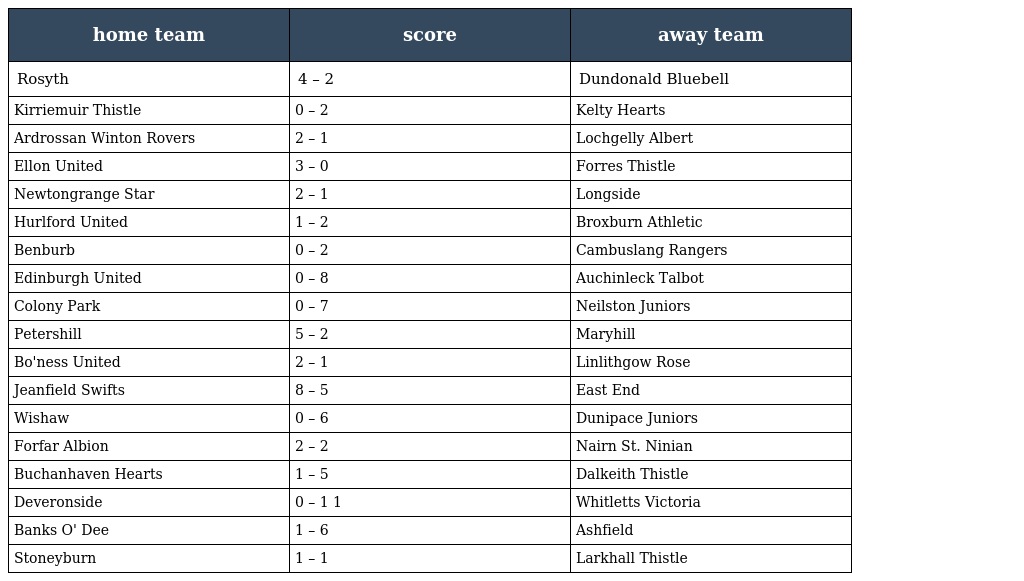
| home team | score | away team |
 | --- | --- | --- |
 | Rosyth | 4 – 2 | Dundonald Bluebell |
 | Kirriemuir Thistle | 0 – 2 | Kelty Hearts |
 | Ardrossan Winton Rovers | 2 – 1 | Lochgelly Albert |
 | Ellon United | 3 – 0 | Forres Thistle |
 | Newtongrange Star | 2 – 1 | Longside |
 | Hurlford United | 1 – 2 | Broxburn Athletic |
 | Benburb | 0 – 2 | Cambuslang Rangers |
 | Edinburgh United | 0 – 8 | Auchinleck Talbot |
 | Colony Park | 0 – 7 | Neilston Juniors |
 | Petershill | 5 – 2 | Maryhill |
 | Bo'ness United | 2 – 1 | Linlithgow Rose |
 | Jeanfield Swifts | 8 – 5 | East End |
 | Wishaw | 0 – 6 | Dunipace Juniors |
 | Forfar Albion | 2 – 2 | Nairn St. Ninian |
 | Buchanhaven Hearts | 1 – 5 | Dalkeith Thistle |
 | Deveronside | 0 – 1 1 | Whitletts Victoria |
 | Banks O' Dee | 1 – 6 | Ashfield |
 | Stoneyburn | 1 – 1 | Larkhall Thistle |